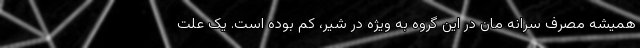
همیشه مصرف سرانه مان در این گروه به ویژه در شیر، کم بوده است. یک علت